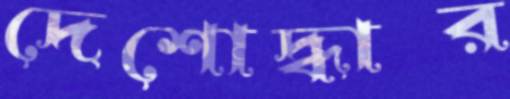
দেশোদ্ধার